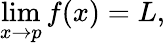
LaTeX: \operatorname*{lim}_{x\to p}f(x)=L,